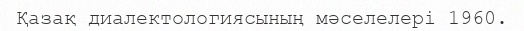
Қазақ диалектологиясының мәселелері 1960.